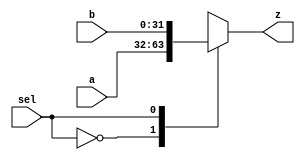
`timescale 1ns / 1ps
//////////////////////////////////////////////////////////////////////////////////
// Company: 
// Engineer: 
// 
// Design Name: 
// Module Name: mux
// Project Name: 
// Target Devices: 
// Tool Versions: 
// Description: 
// 
// Dependencies: 
// 
// Revision:
// Revision 0.01 - File Created
// Additional Comments:
// 
//////////////////////////////////////////////////////////////////////////////////

module mux #(parameter WORD_SIZE = 32)
            (input [WORD_SIZE - 1 : 0] a, b,
             input sel,
             output reg [WORD_SIZE - 1 : 0] z);
             
    always @ (*) begin
        case (sel)
            1'b0: z <= a;
            1'b1: z <= b;
            default: z <= a;
        endcase
    end
endmodule